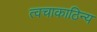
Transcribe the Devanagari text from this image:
त्वचाकाठिन्य